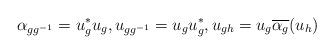
LaTeX: \begin{align*} \alpha_{g g^{-1}} = u_g^* u_g, u_{g g^{-1}} = u_{g} u_{g}^*,u_{g h} = u_g \overline{\alpha_g}(u_h)\end{align*}